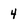
Character: 4